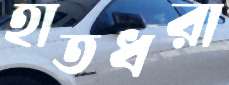
হাতধরা